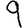
Digit: 9